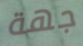
جهة